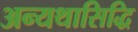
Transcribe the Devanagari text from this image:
अन्यथासिद्धि